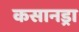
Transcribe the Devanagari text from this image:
कसानड्रा